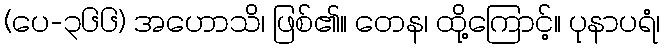
(ပေ-၃၆၆) အဟောသိ၊ ဖြစ်၏။ တေန၊ ထို့ကြောင့်။ ပုနာပရံ၊